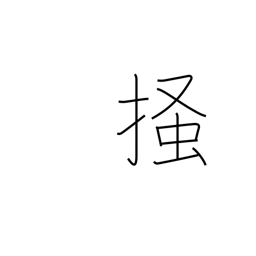
Meaning: scratch